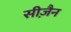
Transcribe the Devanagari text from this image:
सीज़ैन